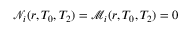
\mathscr { N } _ { i } ( r , T _ { 0 } , T _ { 2 } ) = \mathscr { M } _ { i } ( r , T _ { 0 } , T _ { 2 } ) = 0